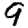
Digit: 9